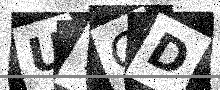
Text: UTQD